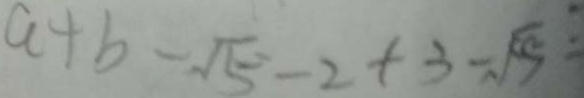
a + b - \sqrt { 5 } - 2 + 3 - \sqrt { 5 } :